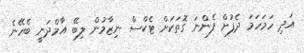
އަދި ހަމަހަމަ ދެފުށް ފެންނަ ގޮތަކަށް ޓެކްސް ނިޒާމުން ލިބޭ އާމްދަނީ ބެހޭނެ